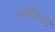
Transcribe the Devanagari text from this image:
स्टार्टिग्राफी